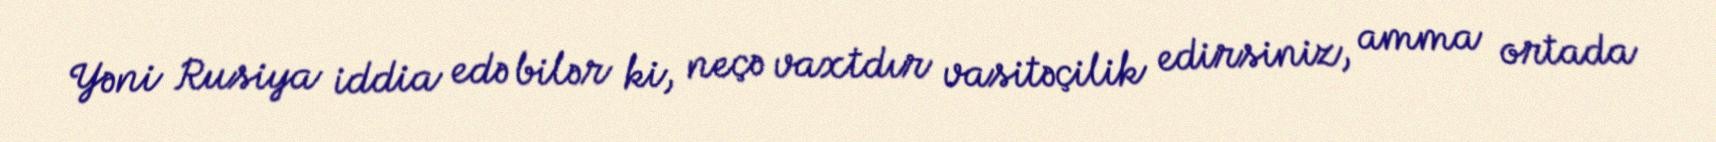
Yəni Rusiya iddia edə bilər ki, neçə vaxtdır vasitəçilik edirsiniz, amma ortada